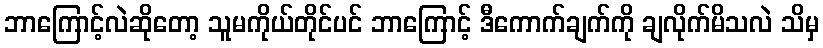
ဘာကြောင့်လဲဆိုတော့ သူမကိုယ်တိုင်ပင် ဘာကြောင့် ဒီကောက်ချက်ကို ချလိုက်မိသလဲ သိမှ